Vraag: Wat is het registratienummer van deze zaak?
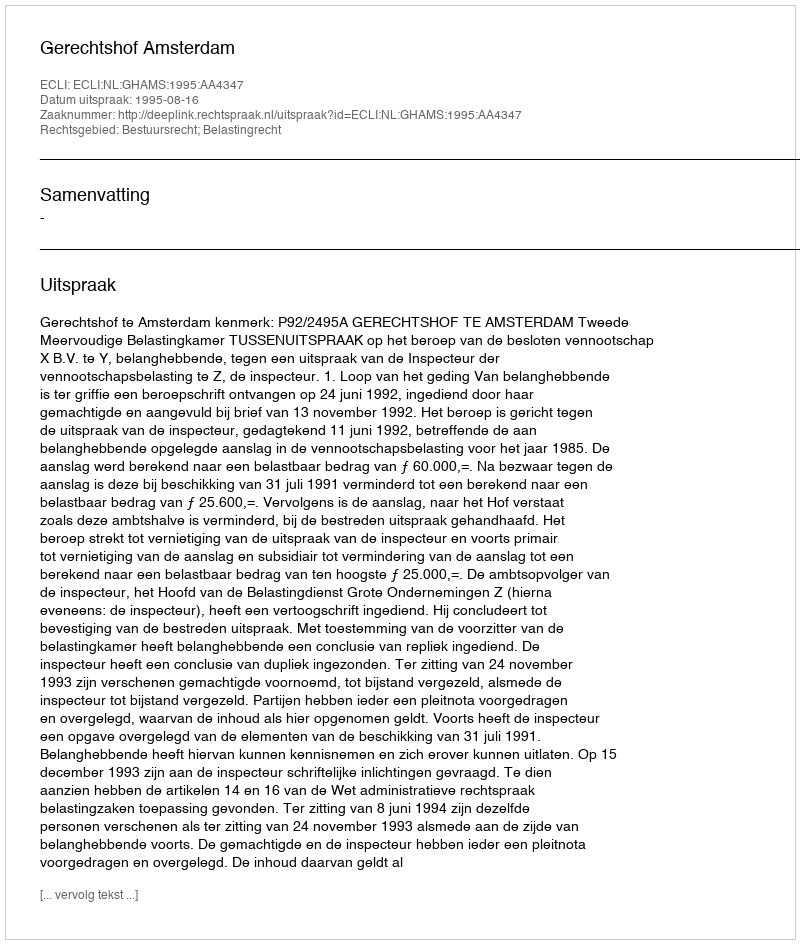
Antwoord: http://deeplink.rechtspraak.nl/uitspraak?id=ECLI:NL:GHAMS:1995:AA4347